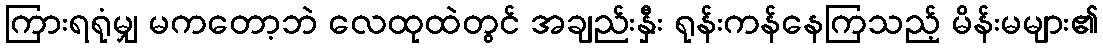
ကြားရရုံမျှ မကတော့ဘဲ လေထုထဲတွင် အချည်းနှီး ရုန်းကန်နေကြသည့် မိန်းမများ၏